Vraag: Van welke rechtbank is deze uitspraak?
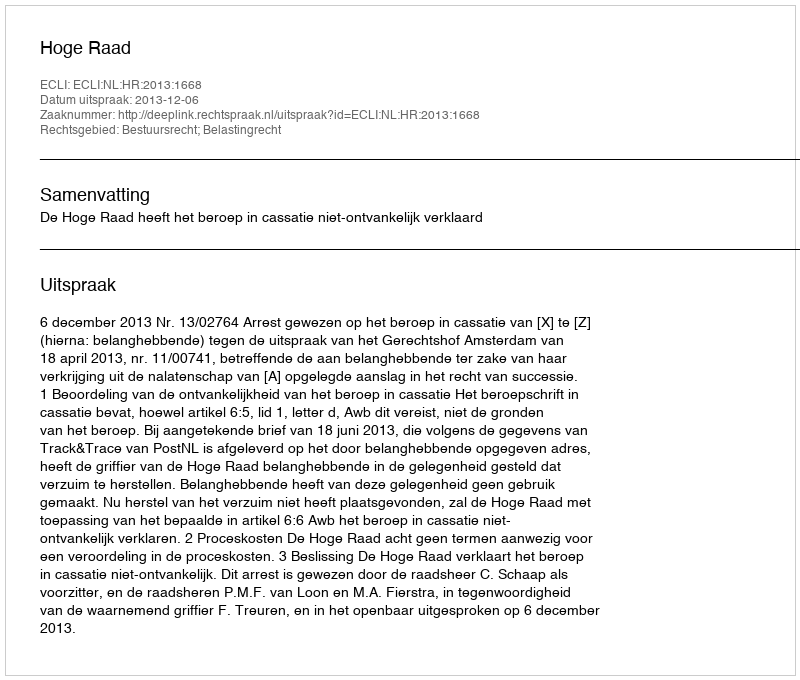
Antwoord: Hoge Raad